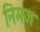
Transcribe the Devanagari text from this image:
निमज